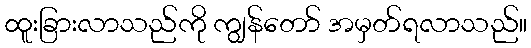
ထူးခြားလာသည်ကို ကျွန်တော် အမှတ်ရလာသည်။